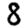
Digit: 8